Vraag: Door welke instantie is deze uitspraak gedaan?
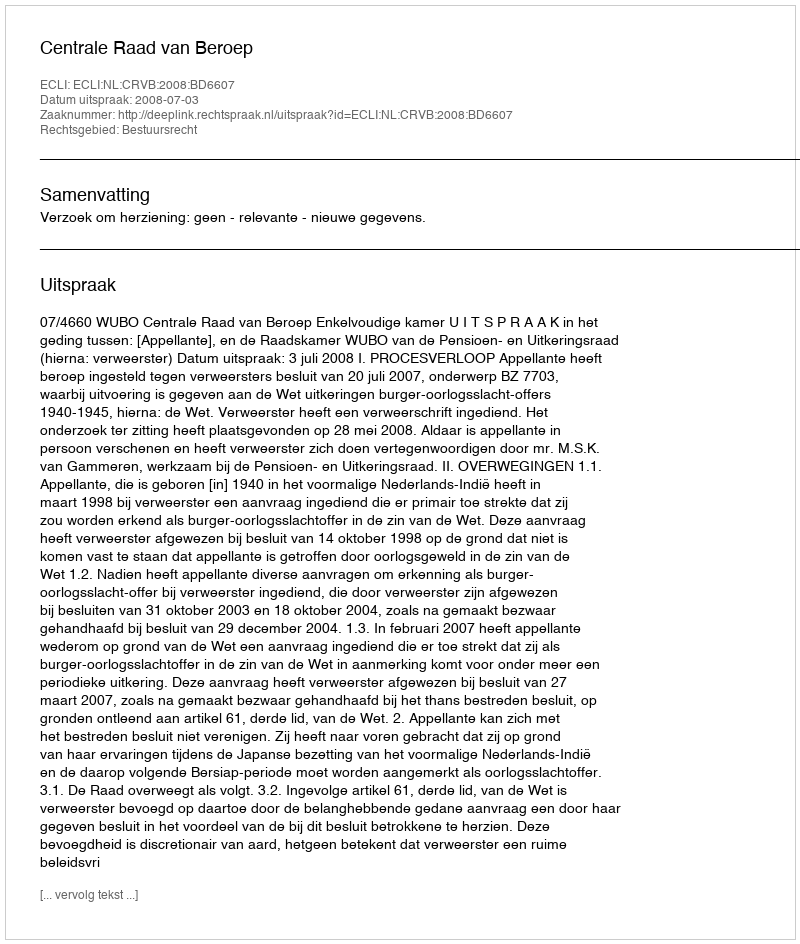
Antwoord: Centrale Raad van Beroep